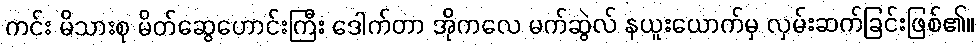
ကင်း မိသားစု မိတ်ဆွေဟောင်းကြီး ဒေါက်တာ အိုကလေ မက်ဆွဲလ် နယူးယောက်မှ လှမ်းဆက်ခြင်းဖြစ်၏။